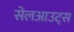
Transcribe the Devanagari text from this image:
सेलआउट्स